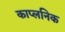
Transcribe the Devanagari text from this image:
काप्लनिक